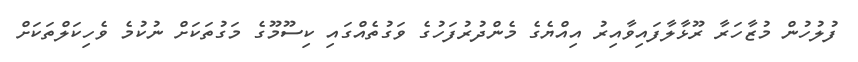
ފުލުހުން މުޒާހަރާ ރޫޅާލާފައިވާއިރު އިއްޔެގެ މެންދުރުފަހުގެ ވަގުތެއްގައި ކިސޫމޫގެ މަގުތަކަށް ނުކުމެ ވެހިކަލްތަކަށް